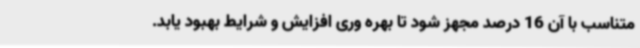
متناسب با آن 16 درصد مجهز شود تا بهره وری افزایش و شرایط بهبود یابد.